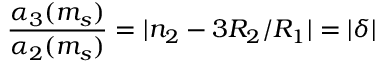
\frac { \alpha _ { 3 } ( m _ { s } ) } { \alpha _ { 2 } ( m _ { s } ) } = | n _ { 2 } - 3 R _ { 2 } / R _ { 1 } | = | \delta |